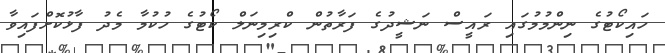
ހައިކޯޓުގެ ނިންމުމުގައި ރައީސް ނަޝީދުގެ ފަރާތުން ކްރިމިނަލް ކޯޓުގެ ހުކުމާ މެދު ފާޅުކޮށްފައިވާ